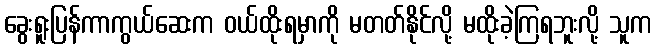
ခွေးရူးပြန်ကာကွယ်ဆေးက ဝယ်ထိုးရမှာကို မတတ်နိုင်လို့ မထိုးခဲ့ကြရဘူးလို့ သူက